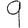
Digit: 9